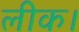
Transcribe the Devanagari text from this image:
लीक।